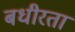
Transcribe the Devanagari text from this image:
बधीरता